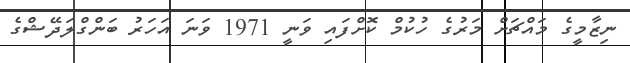
ނިޒާމީގެ މައްޗަށް މަރުގެ ހުކުމް ކޮށްފައި ވަނީ 1971 ވަނަ އަހަރު ބަންގްލަދޭޝްގެ